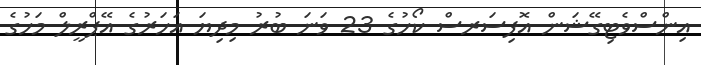
އިންސްވެޓިގޭޝަން އޮފިސަރސް ކޯހުގެ 23 ވަނަ ބުރު މިދިޔަ އަހަރުގެ އޭޕްރީލް މަހުގެ